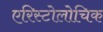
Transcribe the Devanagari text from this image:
एरिस्टोलोचिक